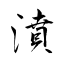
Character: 濆